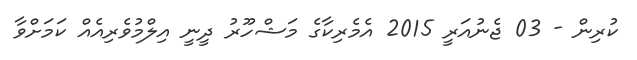
ކުރިން - 03 ޖެނުއަރީ 2015 އެމެރިކާގެ މަޝްހޫރު ދީނީ އިލްމުވެރިއެއް ކަމަށްވާ